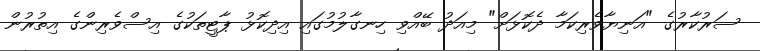
ސަރުކާރުގެ "އަނިޔާވެރިކަމާ ދެކޮޅަށް" މިއަދު ބޭއްވި ހިނގާލުމުގައި އިދިކޮޅު ޕާޓީތަކުގެ އިސްވެރިންގެ އިތުރުން